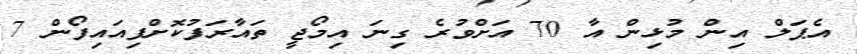
އެޕަލް އިން މުޅިން އާ 70 އަށްވުރެ ގިނަ އިމޯޖީ ތައާރަފުކޮށްފިއައިފޯން 7